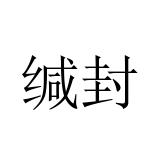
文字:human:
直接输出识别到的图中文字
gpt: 缄封